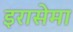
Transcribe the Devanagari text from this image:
इरासेमा